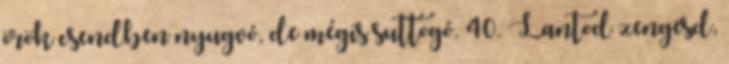
örök csendben nyugvó, de mégis suttogó. 40. Lantod zengesd,